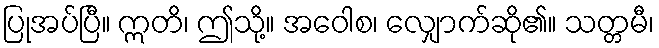
ပြုအပ်ပြီ။ ဣတိ၊ ဤသို့။ အဝေါစ၊ လျှောက်ဆို၏။ သတ္တမီ၊